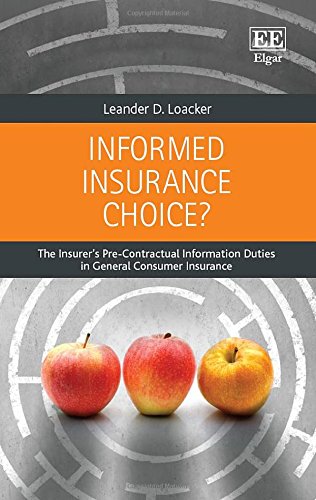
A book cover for Informed Insurance Choice?: The Insurer's Pre-Contractual Information Duties in General Consumer Insurance; Leander D. Loacker; Law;